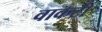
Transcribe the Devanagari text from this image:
वाकटी